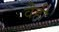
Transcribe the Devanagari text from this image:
वैही